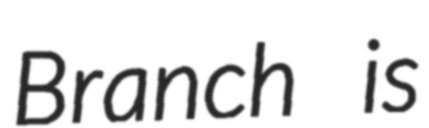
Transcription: Branch is